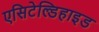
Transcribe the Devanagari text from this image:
एसिटेल्डिहाइड